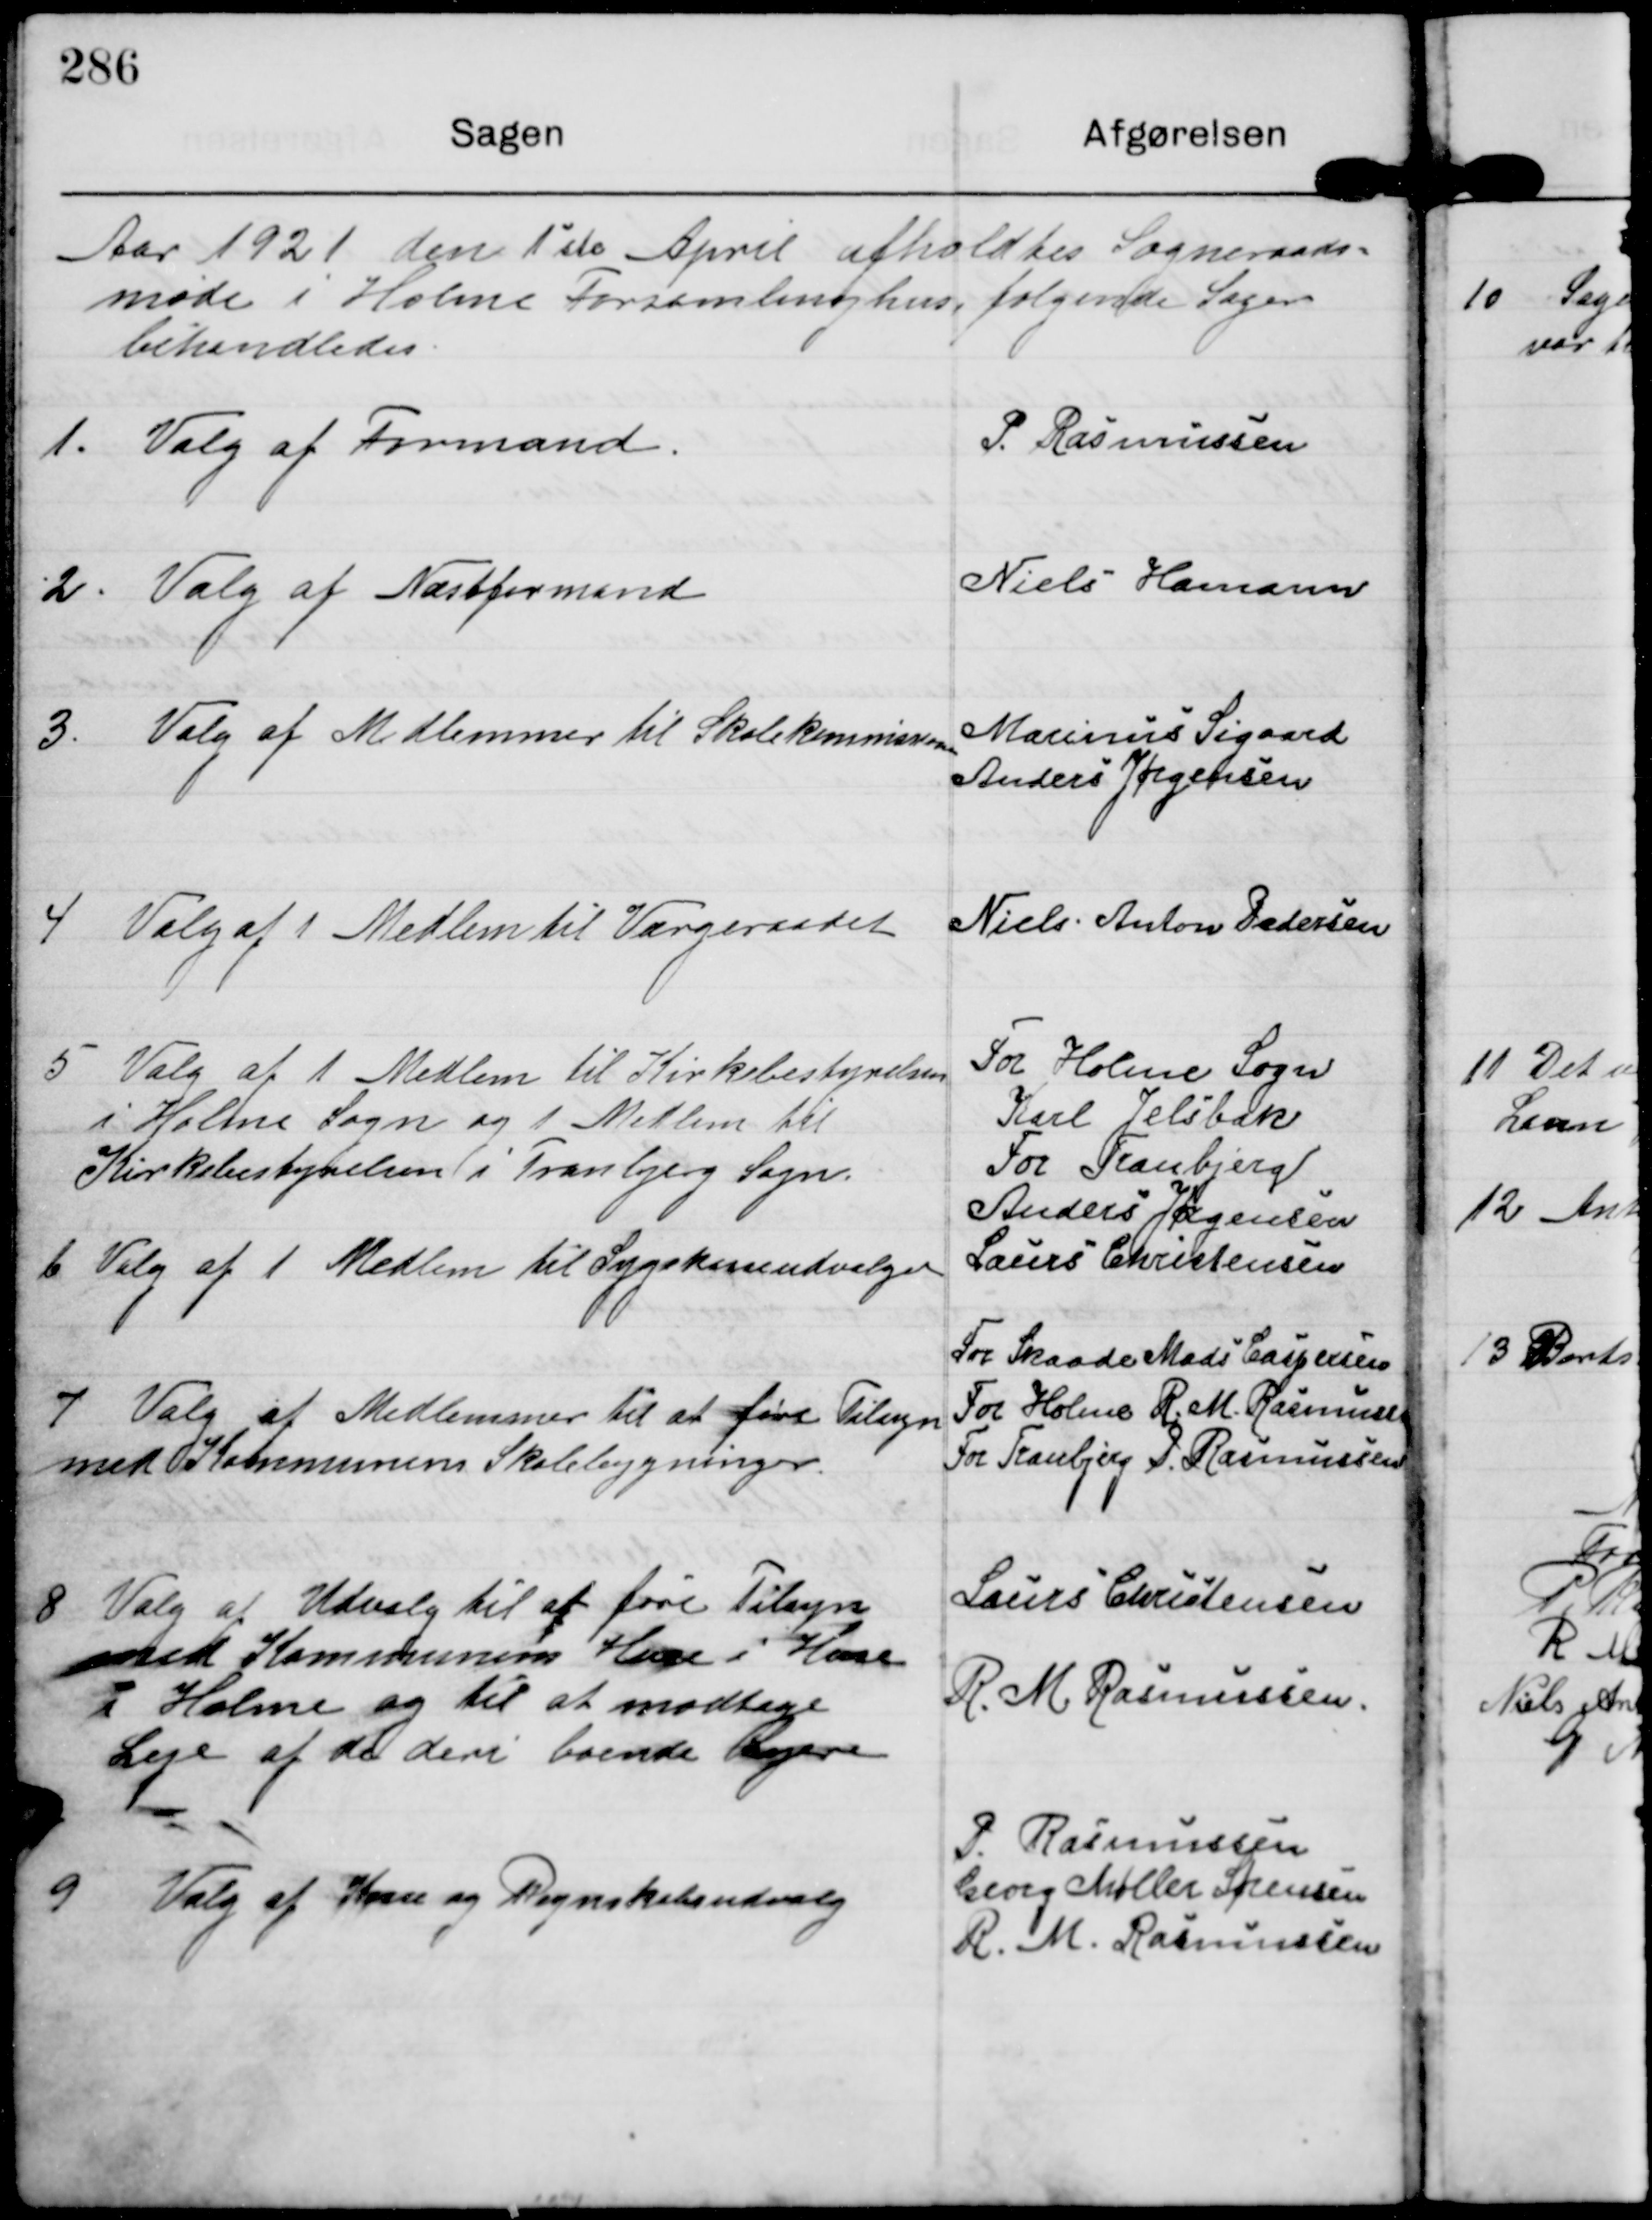
Transskription:
Aar 1921 den 1ste April afholdtes Sogneraads-
møde i Holme Forsamlinghus følgende Sager
behandledes

1.

Valg af Formand

P. Rasmussen

2.

Valg af Næstformand

Niels Hamann

3

Valg af Medlemmer til Skolekommissionen

Marinus Sigaard
Anders Jørgensen

4

Valg af 1 Medlem til Værgeraadet

Niels Anton Pedersen

5

Valg af 1 Medlem til Kirkebestyrelsen
i Holme sogn og 1 Medlem til
Kirkebestyrelsen i Tranbjerg Sogn

For Holme Sogn
Karl Jelsbak
For Tranbjerg
Anders Jørgensen

6

Valg af 1 Medlem til Sygekasseudvalget

Laurs Christensen

7

Valg af Medlemmer til at føre Tilsyn
med Kommunens Skolebygninger.

For Skaade Mads Caspersen
For Holme R.M. Rasmussen
For Tranbjerg P. Rasmussen

8

Valg af Udvalg til af føre Tilsyn
med Kommunens Huse i Huse
i Holme og til at modtage
Leje af de deri boende Lejere

Laurs Christensen
R.M. Rasmussen

9

Valg af Kasse og Regnskabsudvalg

P Rasmussen
Georg Møller Sørensen
R. M. Rasmussen